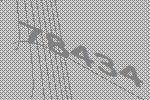
78434